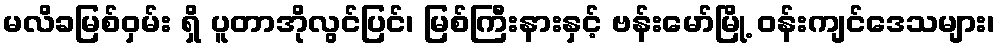
မလိခမြစ်ဝှမ်း ရှိ ပူတာအိုလွင်ပြင်၊ မြစ်ကြီးနားနှင့် ဗန်းမော်မြို့ ဝန်းကျင်ဒေသများ၊